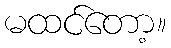
မထင်တော့။